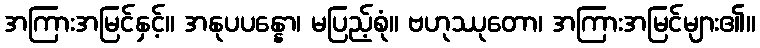
အကြားအမြင်နှင့်။ အနုပပန္နော၊ မပြည့်စုံ။ ဗဟုဿုတော၊ အကြားအမြင်များ၏။